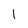
Character: 1